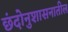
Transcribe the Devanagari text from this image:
छंदोनुशासनातील